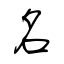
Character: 名